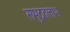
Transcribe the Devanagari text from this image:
समुद्रतलाभ